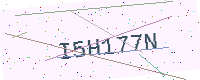
Text: I5H177N